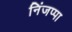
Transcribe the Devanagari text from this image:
निंजप्पा